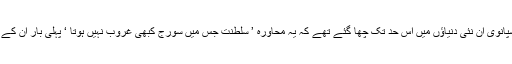
16 ویں صدی میں ہسپانوی ان نئی دنیاﺅں میں اس حد تک چھا گئے تھے کہ یہ محاورہ ’ سلطنت جس میں سورج کبھی غروب نہیں ہوتا ‘ پہلی بار ان کے لئے استعمال ہوا تھا ۔